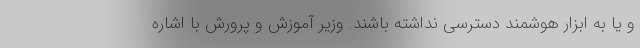
و یا به ابزار هوشمند دسترسی نداشته باشند. وزیر آموزش و پرورش با اشاره